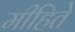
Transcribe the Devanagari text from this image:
मीहिते